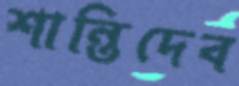
শান্তিদেব